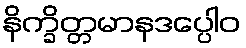
နိက္ခိတ္တမာနဒပ္ပေါဝ